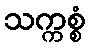
သက္ကစ္စံ